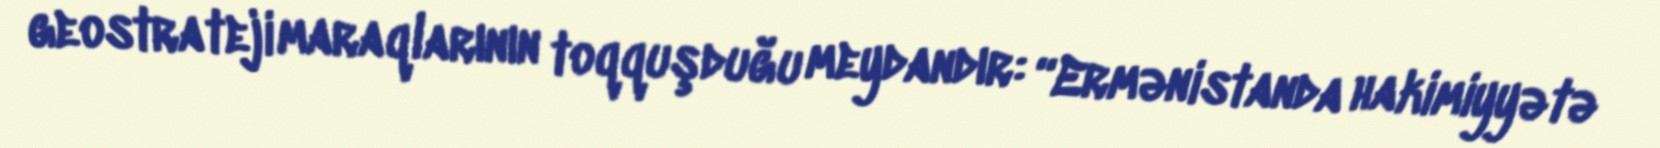
geostrateji maraqlarının toqquşduğu meydandır: “Ermənistanda hakimiyyətə